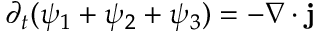
\partial _ { t } ( \psi _ { 1 } + \psi _ { 2 } + \psi _ { 3 } ) = - \nabla \cdot \mathbf j